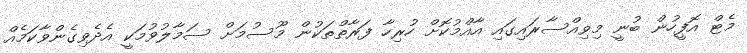
މެޓް އޮފީހުން ބުނީ މިވިއްސާރައިގައި އާއްމުކޮށް ހުރިހާ ފަރާތްތަކުން މޫސުމަށް ސަމާލުވުމަކީ އެދެވިގެންވާކަމެއް